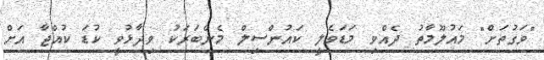
"ވަގުތަށް" މައުލޫމާތު ދެއްވި މަޑަވެލީ ކައުންސިލް މެންބަރަކު ވިދާޅުވީ ކުޑަ ކުއްޖާ އަށް